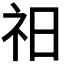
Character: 𥘗